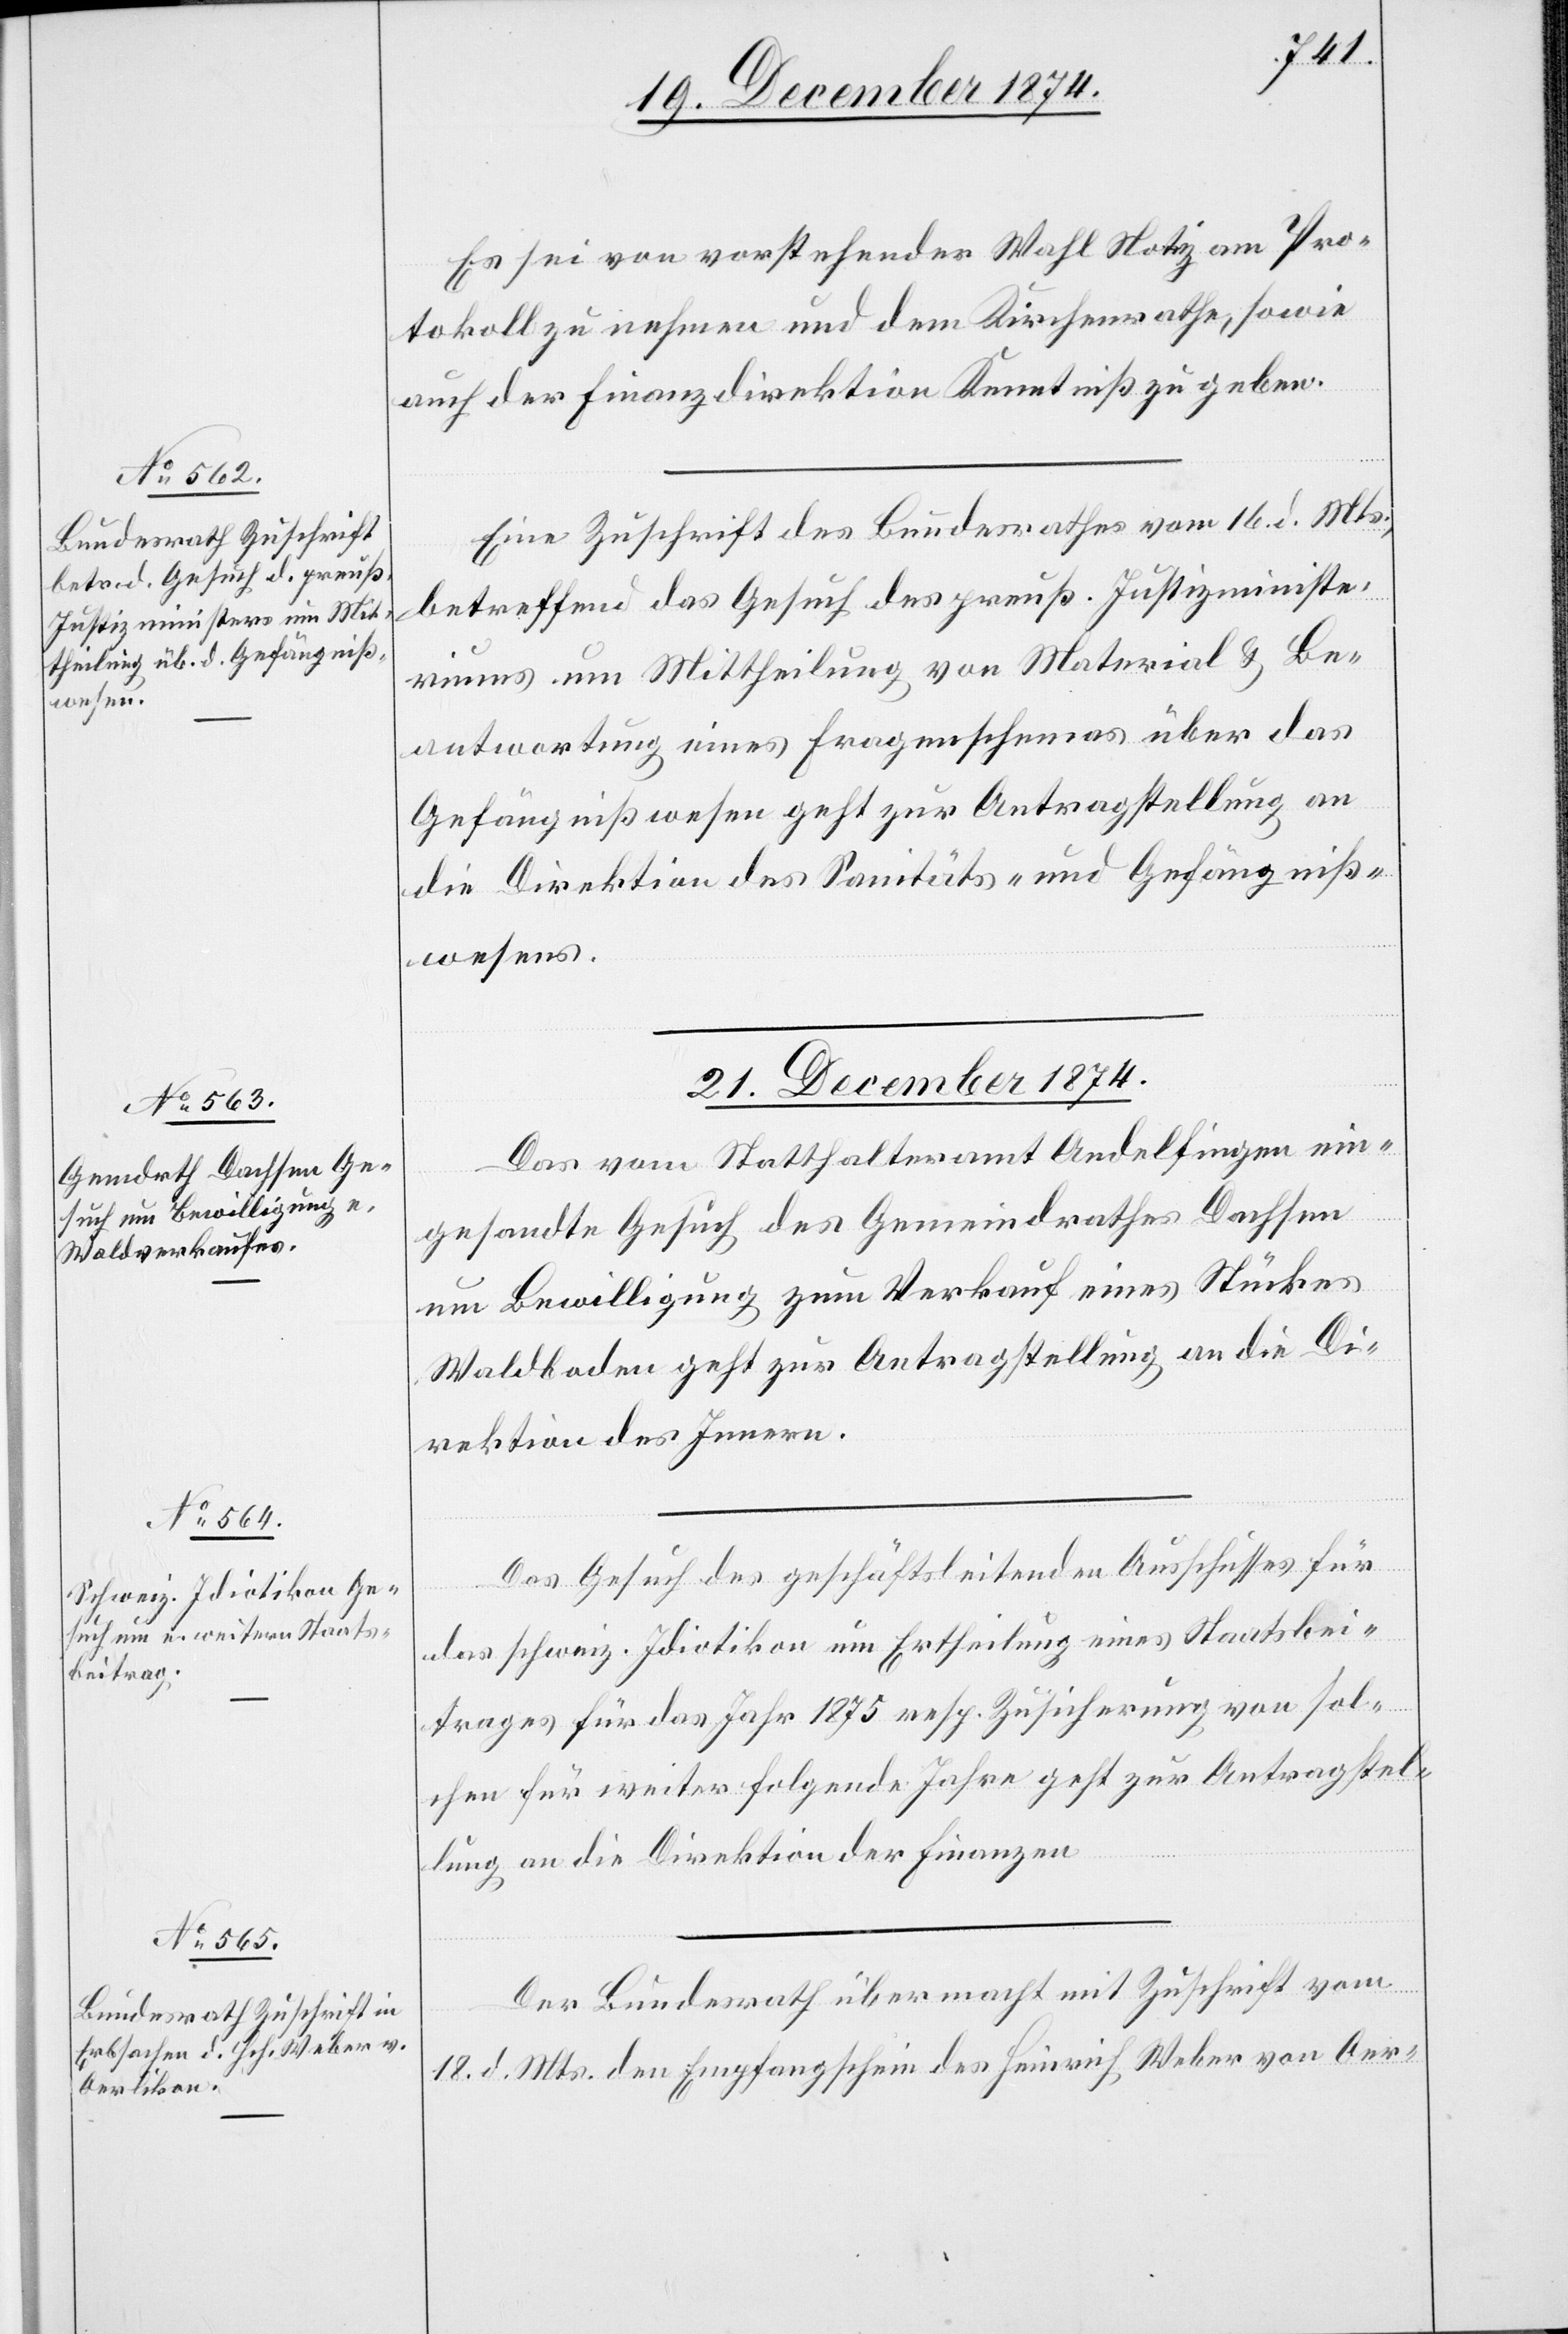
19. December 1874.]
Es sei von vorstehender Wahl Notiz am Pro¬
tokoll zu nehmen und dem Kirchenrathe, sowie
auch der Finanzdirektion Kenntniß zu geben.
Eine Zuschrift des Bundesrathes vom 16. d. Mts.,
betreffend das Gesuch des preuß. Justizministe¬
riums um Mittheilung von Material & Be¬
antwortung eines Fragenschemas über das
Gefängnißwesen geht zur Antragstellung an
die Direktion des Sanitäts- und Gefängniß¬
wesens.
21. December 1874.]
Das vom Statthalteramt Andelfingen ein¬
gesandte Gesuch des Gemeindrathes Dachsen
um Bewilligung zum Verkauf eines Stückes
Waldboden geht zur Antragstellung an die Di¬
rektion des Innern.
Das Gesuch des geschäftsleitenden Ausschusses für
das schweiz. Idiotikon um Ertheilung eines Staatsbei¬
trages für das Jahr 1875 resp. Zusicherung von sol¬
chen für weiter folgende Jahre geht zur Antragstel¬
lung an die Direktion der Finanzen.
Der Bundesrath übermacht mit Zuschrift vom
18. d. Mts. den Empfangschein des Heinrich Weber von Oer-